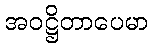
အဝဋ္ဌိတာပေမာ